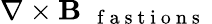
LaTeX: \mathbf{\nabla}\times\mathbf{B}_{\mathrm{~\textit~{~f~a~s~t~i~o~n~s~}~}}